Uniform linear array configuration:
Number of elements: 4
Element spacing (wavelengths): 0.25
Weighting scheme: cosine
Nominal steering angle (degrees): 60
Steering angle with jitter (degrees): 60.738
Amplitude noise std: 0.05
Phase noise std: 0.05

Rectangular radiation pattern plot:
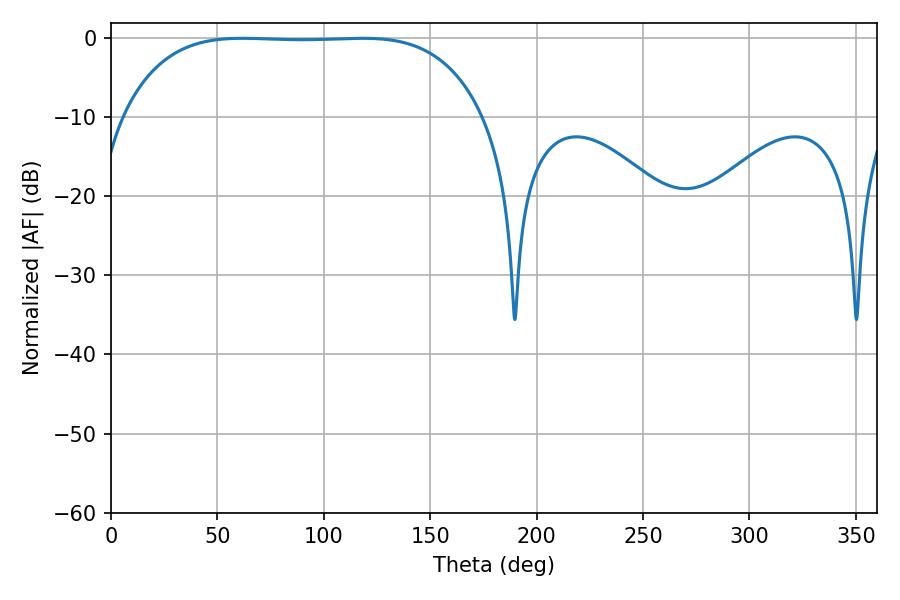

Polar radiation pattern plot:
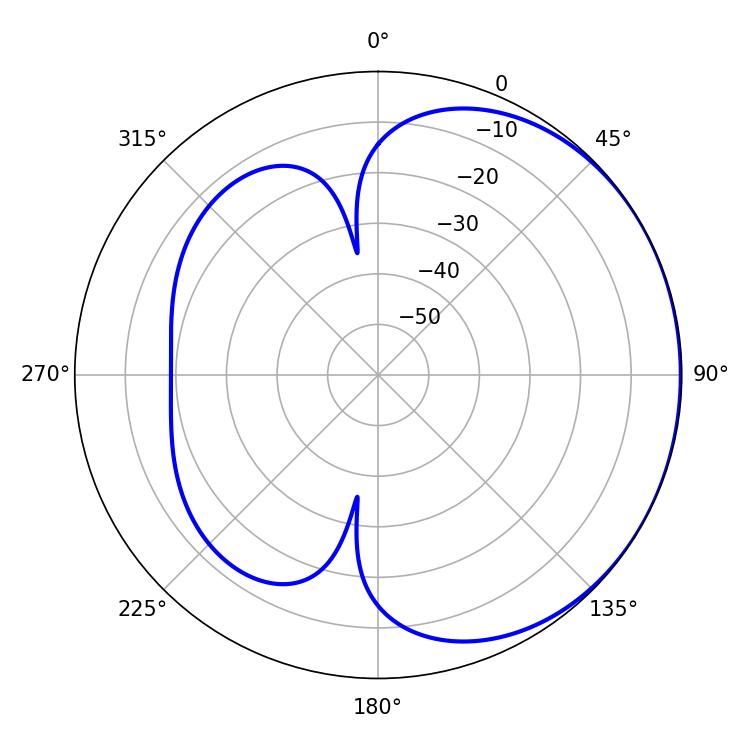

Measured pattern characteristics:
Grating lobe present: FALSE
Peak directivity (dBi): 0.743
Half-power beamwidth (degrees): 131.76
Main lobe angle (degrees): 61.74